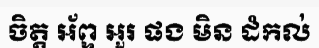
ចិត្ត អ័ព្ទ អួរ ផង មិន ដំកល់